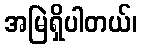
အမြဲရှိပါတယ်၊